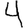
Digit: 4